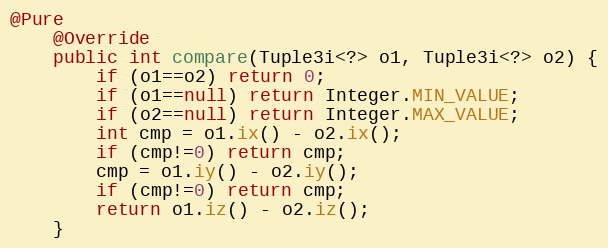
Language: Java
@Pure
	@Override
	public int compare(Tuple3i<?> o1, Tuple3i<?> o2) {
		if (o1==o2) return 0;
		if (o1==null) return Integer.MIN_VALUE;
		if (o2==null) return Integer.MAX_VALUE;
		int cmp = o1.ix() - o2.ix();
		if (cmp!=0) return cmp;
		cmp = o1.iy() - o2.iy();
		if (cmp!=0) return cmp;
		return o1.iz() - o2.iz();
	}